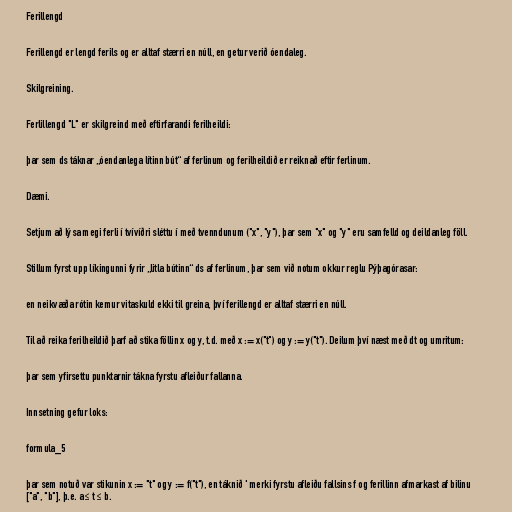
Ferillengd

Ferillengd er lengd ferils og er alltaf stærri en núll, en getur verið óendaleg.

Skilgreining.

Ferlillengd "L" er skilgreind með eftirfarandi ferilheildi:

þar sem ds táknar „óendanlega lítinn bút“ af ferlinum og ferilheildið er reiknað eftir ferlinum.

Dæmi.

Setjum að lýsa megi ferli í tvívíðri sléttu í með tvenndunum ("x", "y"), þar sem "x" og "y" eru samfelld og deildanleg föll.

Stillum fyrst upp líkingunni fyrir „litla bútinn“ ds af ferlinum, þar sem við notum okkur reglu Pýþagórasar:

en neikvæða rótin kemur vitaskuld ekki til greina, því ferillengd er alltaf stærri en núll.

Til að reika ferilheildið þarf að stika föllin x og y, t.d. með x := x("t") og y := y("t"). Deilum því næst með dt og umritum:

þar sem yfirsettu punktarnir tákna fyrstu afleiður fallanna.

Innsetning gefur loks:

formula_5

þar sem notuð var stikunin x := "t" og y := f("t"), en táknið ' merki fyrstu afleiðu fallsins f og ferillinn afmarkast af bilinu
["a", "b"], þ.e. a ≤ t ≤ b.